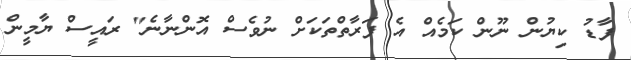
ފާޑު ކިޔުން ނޫން ކަމެއް އެ ފަރާތްތަކަށް ނުވެސް އޮންނާނެ" ރައީސް ޔާމީން